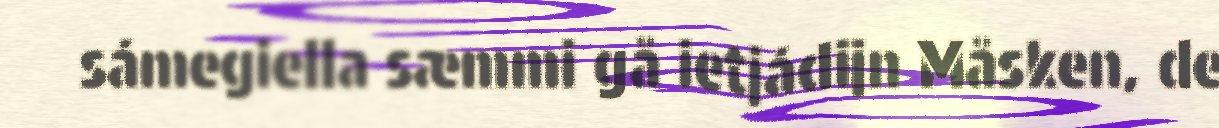
sámegiella sæmmi gå ietjádijn Måsken, de